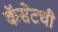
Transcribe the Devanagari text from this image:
कॅसेटची